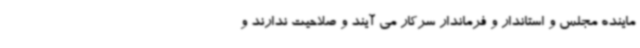
ماینده مجلس و استاندار و فرماندار سرکار می آیند و صلاحیت ندارند و